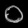
Digit: ၀